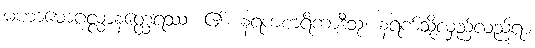
မဟာမောဂ္ဂလ္လာနတ္ထေရဿ၊ ၏။ နရကစာရိကာဒီသု၊ နရက်သို့လှည့်လည်ရာ